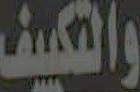
والتكييف